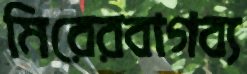
মিরেরবাগব্য